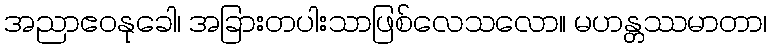
အညာဧဝနုခေါ၊ အခြားတပါးသာဖြစ်လေသလော။ မဟန္တဿမာတာ၊